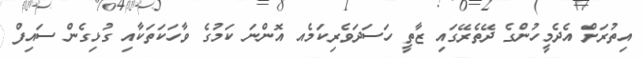
އިތުރަށް އެދެމީހުންގެ ދޭތެރޭގައި ޒާތީ ހަސަދަވެރިކަމެއ އޮންނަ ކަމުގެ ވާހަކަތަކާއި ގުޅިގެން ސައިފް